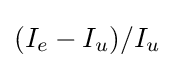
(I_{e}-I_{u})/I_{u}